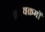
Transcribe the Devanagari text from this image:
क्रायक्रमों